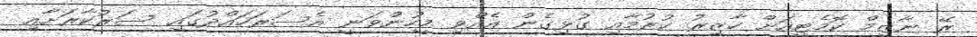
ރޭ ނާޒިމް ކޮމެޓީއަށް ހާޒިރު ކުރުމާއި ގުޅިގެން އެއްވި މީހުންވަނީ އެސަރަހައްދުގައި ސަރުކާރަށާއި